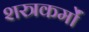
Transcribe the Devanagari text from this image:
शस्त्रकर्मों